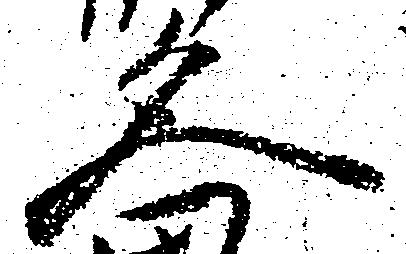
久